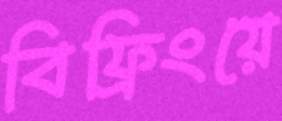
বিফ্রিংয়ে